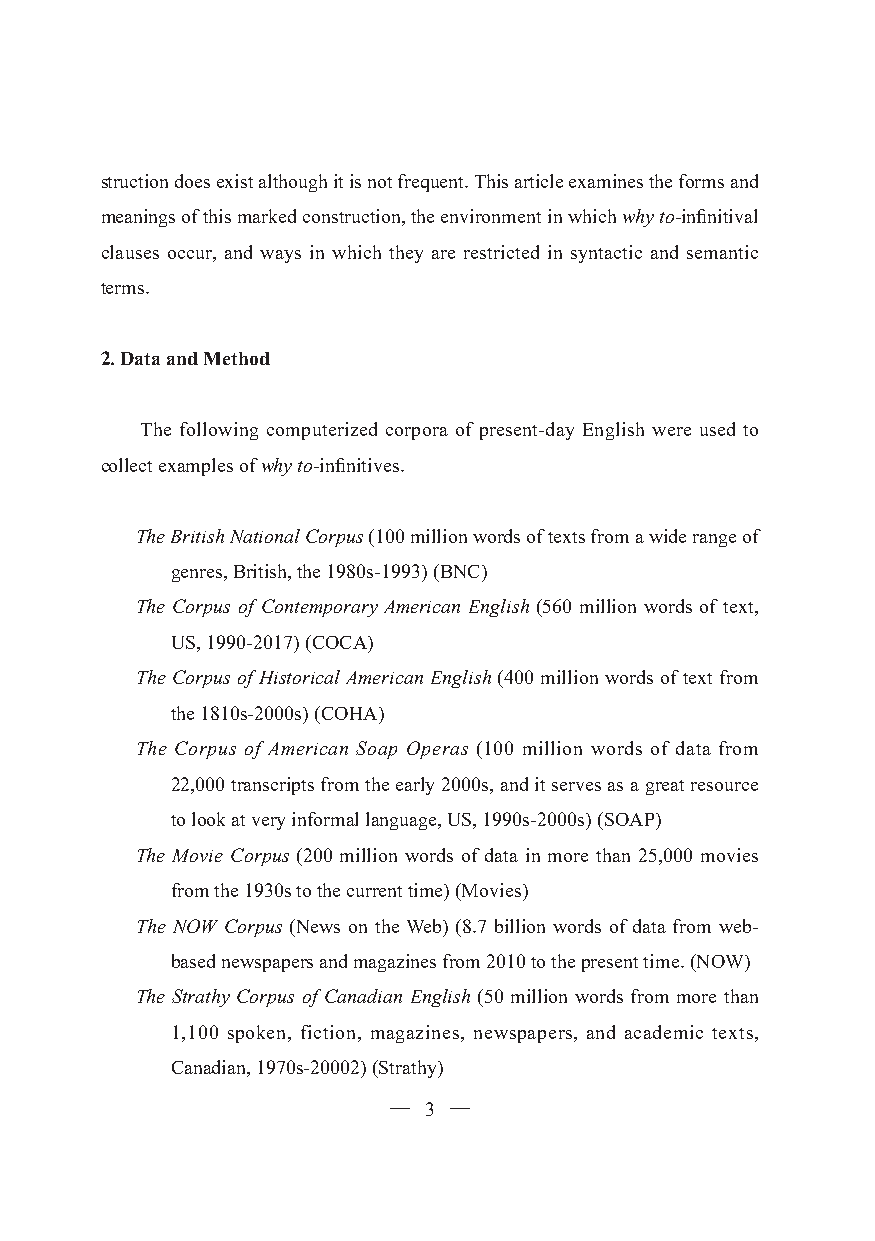
struction does exist although it is not frequent. This article examines the forms and
 meanings of this marked construction, the environment in which why to-infinitival
 clauses occur, and ways in which they are restricted in syntactic and semantic
 terms.
 2. Data and Method
 The following computerized corpora of present-day English were used to
 collect examples of why to-infinitives.
 The British National Corpus (100 million words of texts from a wide range of
 genres, British, the 1980s-1993) (BNC)
 The Corpus of Contemporary American English (560 million words of text,
 US, 1990-2017) (COCA)
 The Corpus of Historical American English (400 million words of text from
 the 1810s-2000s) (COHA)
 The Corpus of American Soap Operas (100 million words of data from
 22,000 transcripts from the early 2000s, and it serves as a great resource
 to look at very informal language, US, 1990s-2000s) (SOAP)
 The Movie Corpus (200 million words of data in more than 25,000 movies
 from the 1930s to the current time) (Movies)
 The NOW Corpus (News on the Web) (8.7 billion words of data from web-
 based newspapers and magazines from 2010 to the present time. (NOW)
 The Strathy Corpus of Canadian English (50 million words from more than
 1,100 spoken, fiction, magazines, newspapers, and academic texts,
 Canadian, 1970s-20002) (Strathy)
 ─ 3 ─